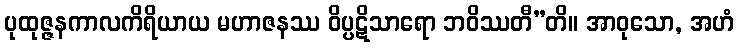
ပုထုဇ္ဇနကာလကိရိယာယ မဟာဇနဿ ဝိပ္ပဋိသာရော ဘဝိဿတီ”တိ။ အာဝုသော, အဟံ